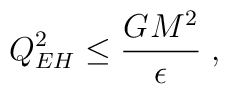
Q_{EH}^{2}\leq \frac{G_{{}}M^{2}}{\epsilon }\;,  \nonumber